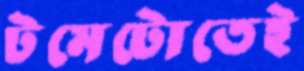
টমেটোতেই